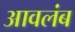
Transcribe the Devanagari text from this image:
आवलंब